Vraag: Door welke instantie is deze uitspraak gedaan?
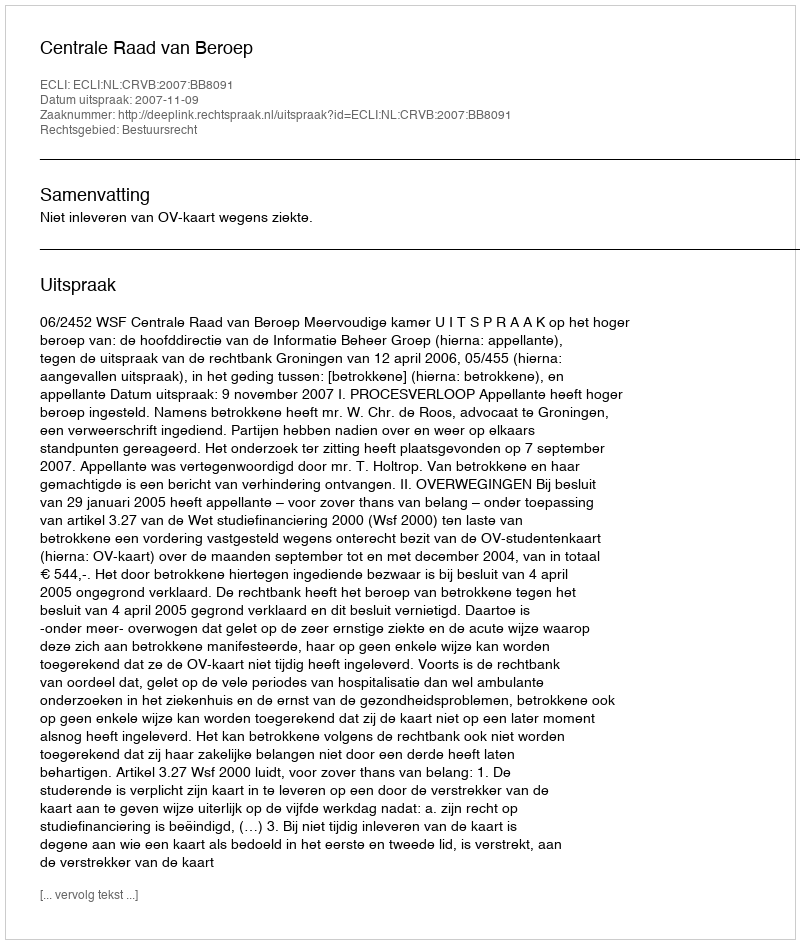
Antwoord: Centrale Raad van Beroep